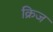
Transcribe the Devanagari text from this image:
क्रिज